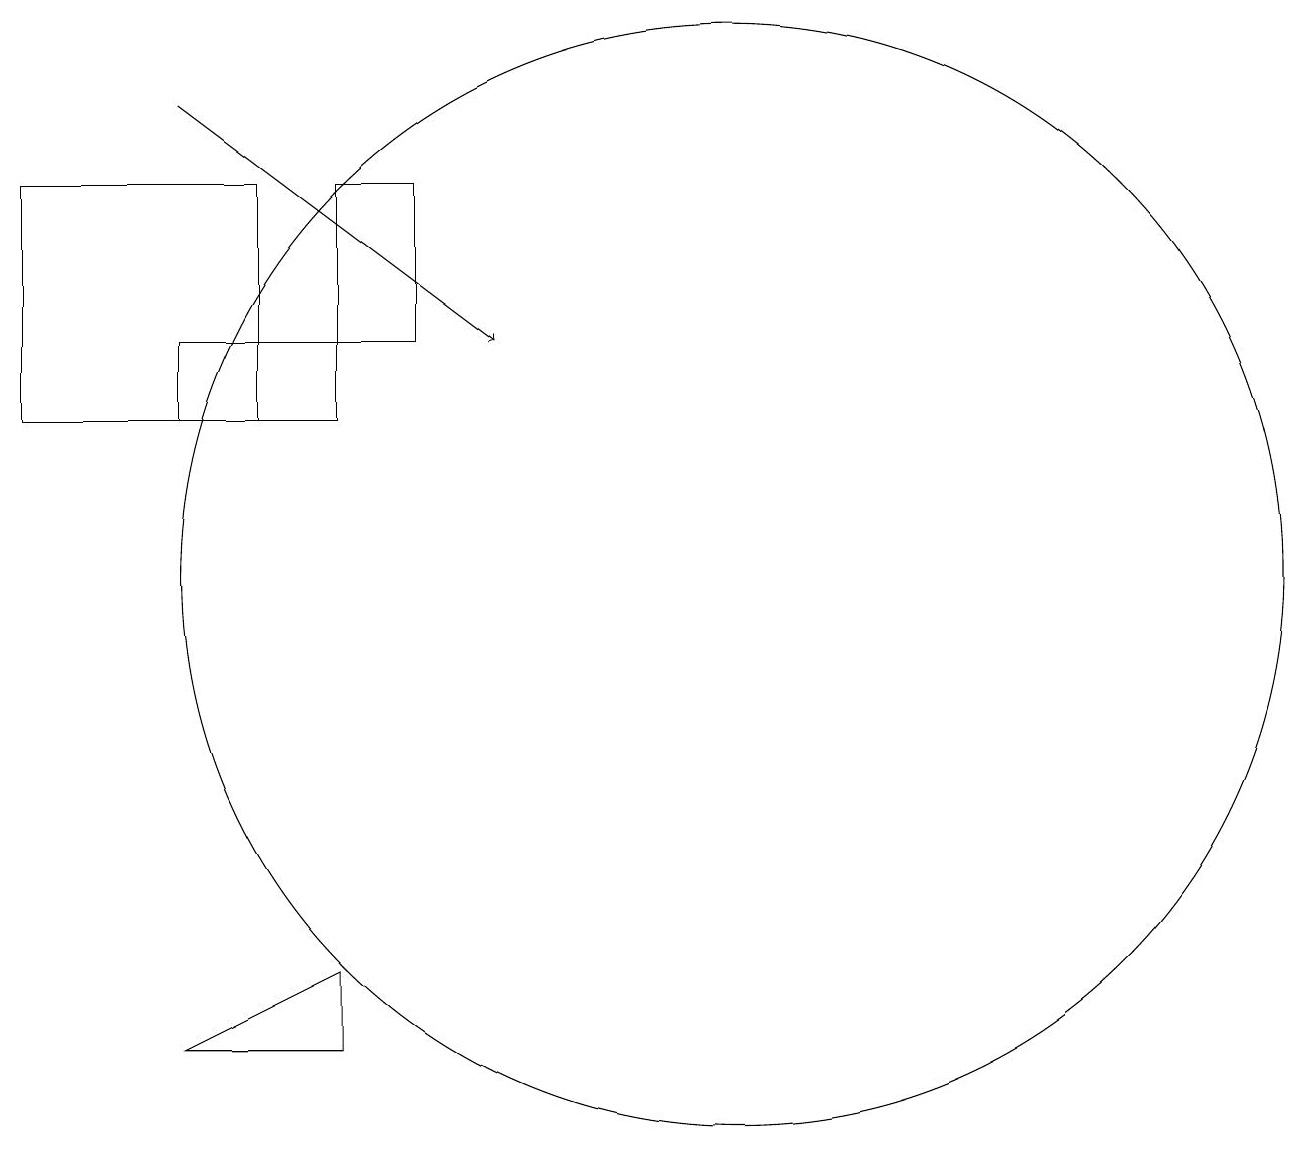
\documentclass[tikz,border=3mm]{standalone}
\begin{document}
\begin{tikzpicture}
\draw (6,13) rectangle (4,14);
\draw (11,11) circle (7);
\draw (7,14) rectangle (6,16);
\draw[->] (4,17) -- (8,14);
\draw (6,5) -- (4,5) -- (6,6) -- cycle;
\draw (5,16) rectangle (2,13);
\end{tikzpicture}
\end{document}